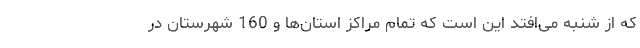
که از شنبه می‌افتد این است که تمام مراکز استان‌ها و 160 شهرستان در